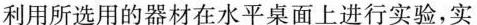
利用所选用的器材在水平桌面上进行实验，实